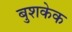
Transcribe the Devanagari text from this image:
बुशकेक